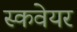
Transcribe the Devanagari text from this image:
स्कवेयर